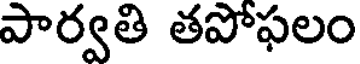
పార్వతి తపోఫలం